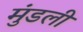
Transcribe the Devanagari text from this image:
मुंडली